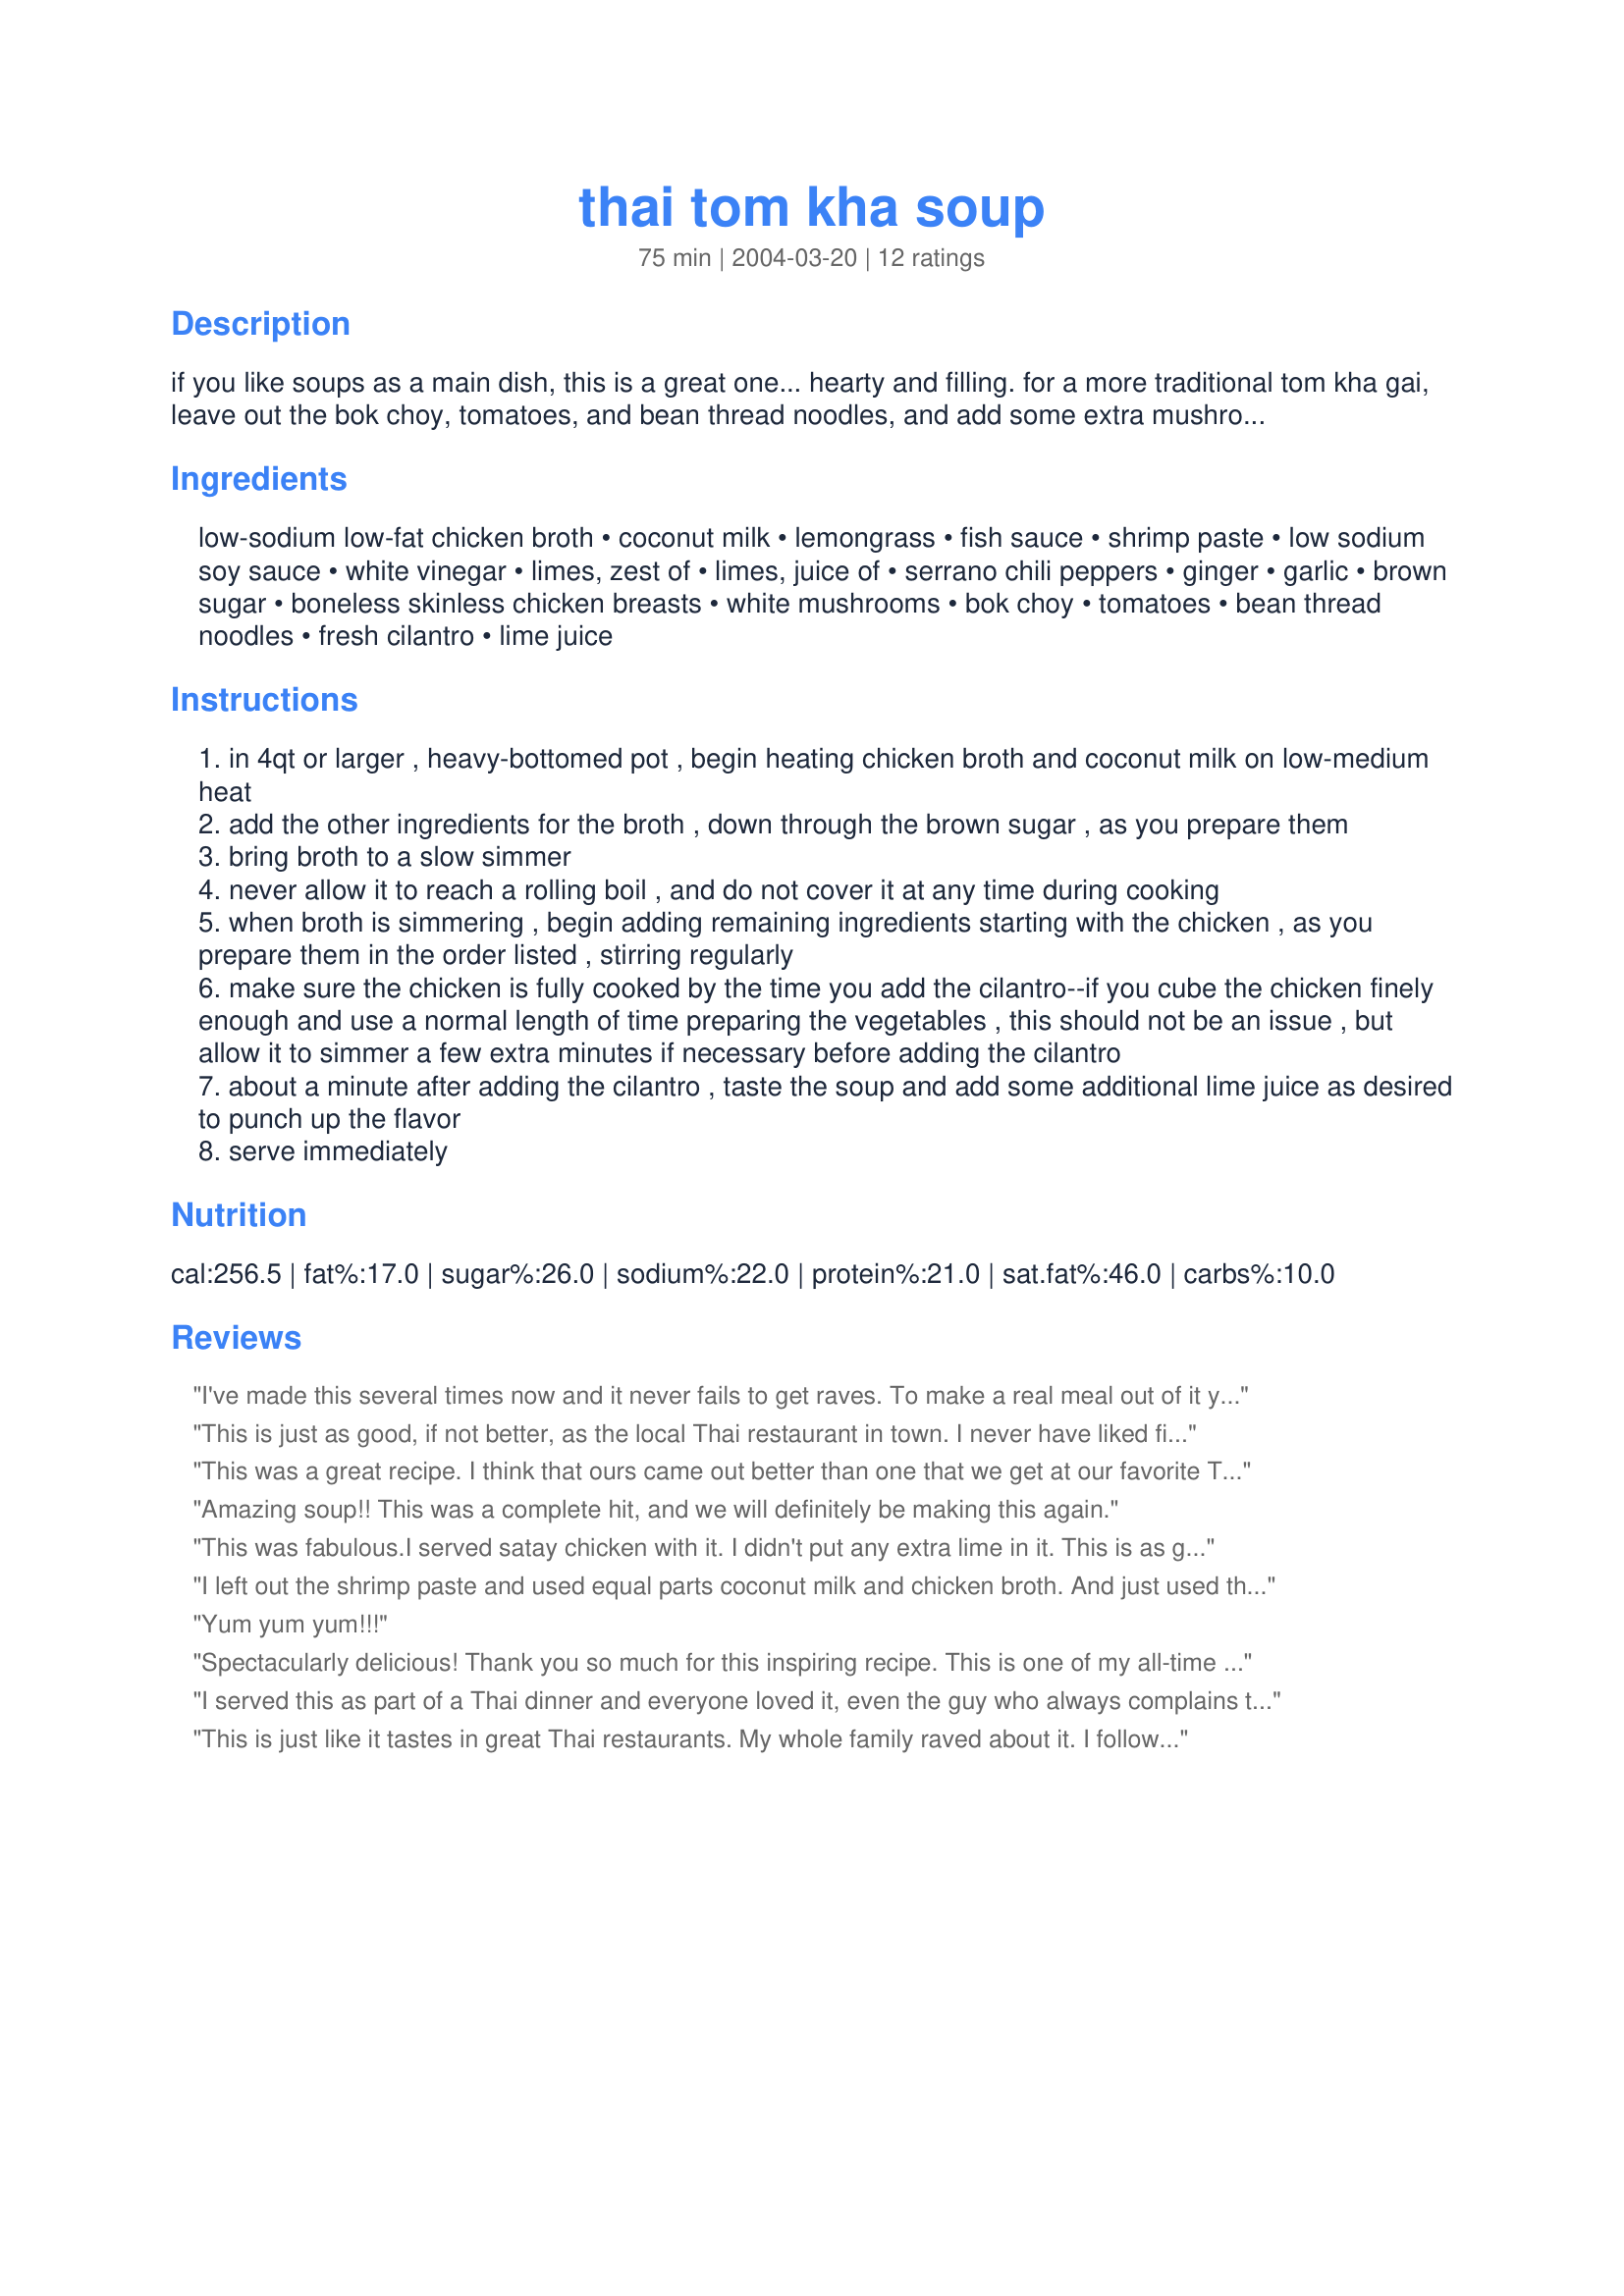
thai tom kha soup
Preparation time: 75 minutes

if you like soups as a main dish, this is a great one... hearty and filling. for a more traditional tom kha gai, leave out the bok choy, tomatoes, and bean thread noodles, and add some extra mushrooms. but believe me, this soup is incredible as written. i can never find the galagnal traditionally used in tom kha gai, but if you can get it, i say use some.

Ingredients:
low-sodium low-fat chicken broth, coconut milk, lemongrass, fish sauce, shrimp paste, low sodium soy sauce, white vinegar, limes, zest of, limes, juice of, serrano chili peppers, ginger, garlic, brown sugar, boneless skinless chicken breasts, white mushrooms, bok choy, tomatoes, bean thread noodles, fresh cilantro, lime juice

Steps:
in 4qt or larger , heavy-bottomed pot , begin heating chicken broth and coconut milk on low-medium heat
add the other ingredients for the broth , down through the brown sugar , as you prepare them
bring broth to a slow simmer
never allow it to reach a rolling boil , and do not cover it at any time during cooking
when broth is simmering , begin adding remaining ingredients starting with the chicken , as you prepare them in the order listed , stirring regularly
make sure the chicken is fully cooked by the time you add the cilantro--if you cube the chicken finely enough and use a normal length of time preparing the vegetables , this should not be an issue , but allow it to simmer a few extra minutes if necessary before adding the cilantro
about a minute after adding the cilantro , taste the soup and add some additional lime juice as desired to punch up the flavor
serve immediately

Reviews:
I've made this several times now and it never fails to get raves. To make a real meal out of it you can serve it over rice instead of with the noodles.
This is just as good, if not better, as the local Thai restaurant in town. I never have liked fish sauce so eliminate that and replace it with oyster sauce. Additionally, I do not use bok choy. I also add a tsp. of sesame oil, a 1/2 tbl. of regular sugar, a tbl. of red curry paste, a good portion of torn basil leaves and a chicken bouillon cube. This is absolutely delish! I'd even go so far as to say TO DIE FOR! LOVE!
This was a great recipe. I think that ours came out better than one that we get at our favorite Thai restaurant.
Amazing soup!! This was a complete hit, and we will definitely be making this again.
This was fabulous.I served satay chicken with it. I didn't put any extra lime in it. This is as good as what you buy in a thai restaurant.
I left out the shrimp paste and used equal parts coconut milk and chicken broth. And just used the 'shrooms. The only problem was that I decided to halve the recipe, and the two of us finished it so quickly we pined for more. SO good. We did need more food afterwards, not sure if you can say it's a complete meeal. Close, though.
Yum yum yum!!!
Spectacularly delicious! Thank you so much for this inspiring recipe. This is one of my all-time favorite foods and this recipe is a very good one that is simple to make, and a great starting point for a bazillion modifications based on preference or convenience. There should be a rare category on this site for extra-special recipes that once tried, you can never be without, and this one would unquestionably be on my list! As a Texas-based gringo, while I love this soup, without a recipe like this, I would not know where to start. This recipe solves that problem and makes me feel like I have a upper hand on many restaurateurs - even though all I really have is this excellent recipe and a little common sense. But maybe that&#039;s all I need.&lt;br/&gt; I never write reviews anywhere, but I am doing so here because I feel like I have something very useful to add. First of all, this soup is as easy to make as anything you will ever cook - so relax even if this is unfamiliar to you and try it. The second great and reassuring feature is that, like many soups, you can substitute liberally with fantastic results. The main favors here are very assertive ones: vinegar, lime, hot chili peppers, lemongrass, fish sauce, cilantro. You will have a hard time overpowering these favors. So I like to include healthy ingredients and leftovers before they go bad - always with excellent results. I also frequently make major substitutions, not because they are better, but because it is what I have on hand or because it is easier - and the result is always delicious. Examples: 1) Sambol Olek or any similar chili garlic sauce instead of the serranos and garlic (nice time saver that I think is easier to titrate in terms of the spiciness, &amp; this is from someone who loves to cook with fresh garlic!), 2) galangal if you don&#039;t have ginger or just for fun, 3) rice wine vinegar instead of plain old white vinegar (makes me feel like it is a little more authentic, even if it is nothing more than my silly feeling), 4) I like to add more interesting mushrooms than just white ones (usually a variety of what I can find fresh), 5) I also like to add little cubes of tofu (semi-firm) even though I only buy it when planning an Asian dish that includes it (nice nutritional element and one more texture with very little discernible flavor in this boldly flavored soup), 6) the chicken or any other meat is optional, 7) shrimp paste is optional and I got some small dried shrimp in the refrigerated section of an Asian grocery and I grind it in a mortar &amp; pestle, though again I do so to feel like a better cook than I actually am, and this is probably not really needed, 8) coconut milk can be low-fat, regular, or cracked right out of a coconut, 9) soy sauce doesn&#039;t have to be low-sodium though that&#039;s certainly better for you, 10) chicken broth can be anything you find including bullion cubes or powder of the appropriate volume, and finally, 11) bean threads are optional or you can use another type of Asian noodle like ribbons of rice noodles. So, basically you can see that my philosophy is to have fun with it using the basic proportions of the major ingredients and using what I have on hand to enrich it like you would probably do with most soups. There are a few things I would not omit. I would seriously recommend zesting and juicing the limes - the effort is well worth it! I would also strongly suggest using cilantro without substitution. If someone in your group really dislikes it, I would separate out their portion before adding cilantro to the rest. Hopefully someone out there finds this helpful. If you try this, I think you are in for a special treat. I look forward to your feedback once you actually try this wonderful gift of a recipe.
I served this as part of a Thai dinner and everyone loved it, even the guy who always complains that my food is too spicy. He was also amazed that he didn't notice the flavor of the coconut milk, as he does not like it. We did not feel the need to add any lime juice at the end, but we used pretty big and very juicy limes for zesting and juicing. I loved the fact that I didn't have to pick the cilantro leaves from the stems, a duty I truly hate. This soup rocked!!!
This is just like it tastes in great Thai restaurants. My whole family raved about it. I followed the recipe to a tee for the more traditional thom kha gai. Nice specific directions! Wonderful!!
Excellent soup! Tastes almost exactly like the soup we order from a Thai place at work. I didn't add the chicken or the serrano peppers because I didn't have them and I added a large can of bamboo shoots. And, I substituted evaporated cane sugar juice for the brown sugar because I was lazy and didn't feel like looking for my brown sugar. Anyway, the soup is excellent even without items I left out and the substitution. Thanks for the recipe!
I second that PIPICARTER! YUM YUM YUM! This was WAY better than the local Thai restaurants! Absolutely incredible! I prepared as written, and added bok choy, noodles, and the tomato. Yummy!!! A little learning experience for me though, I did not know that the lemon grass would not get tender, there for non edible. LOL Same with the galagnal, both were hard in the end result, but we just simply picked them out of my bowl as we ate. I'm looking forward to eating the leftovers this week!!
